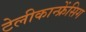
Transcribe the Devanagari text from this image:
टेलीकान्फ्रेंसिग